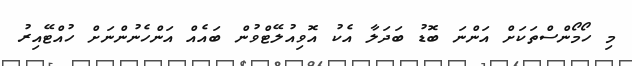
މި ހޯމޯންސްތަކަށް އަންނަ ބޮޑު ބަދަލާ އެކު އޮވިއުލޭޓްވުން ބައެއް އަންހެނުންނަށް ހުއްޓޭއިރު